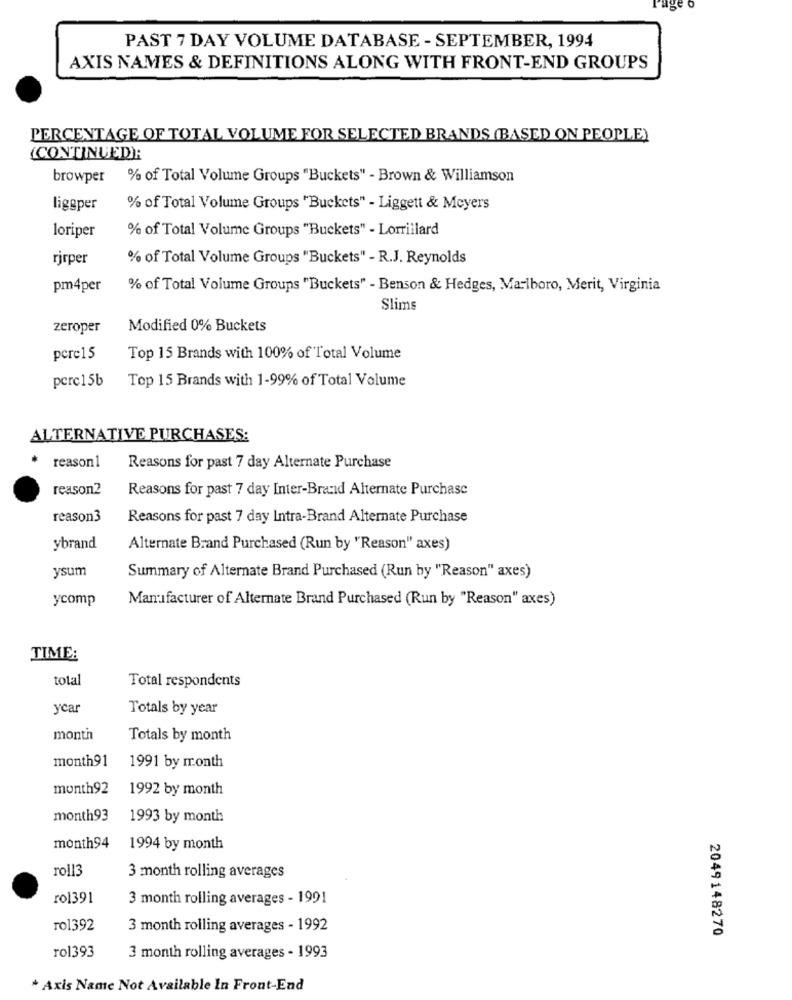
uge
PAST 7 DAY VOLUME DATABASE - SEPTEMBER, 1994
AXIS NAMES & DEFINITIONS ALONG WITH FRONT-END GROUPS
PERCENTAGE OF TOTAL VOLUME FOR SELECTED BRANDS (BASED ON PEOPLE)
(CONTINUED):
browper
% of Total Volume Groups "Buckets" - Brown & Williamson
liggper
% of Total Volume Groups "Buckets" - Liggett & Meyers
loriper
% of Total Volume Groups "Buckets" - Lorrillard
rjrper
% of Total Volume Groups "Buckets" - R.J. Reynolds
pm4per
% of Total Volume Groups "Buckets" - Benson & Hedges, Marlboro, Merit, Virginia
Slims
zeroper
Modified 0% Buckets
pere15
Top 15 Brands with 100% of Total Volume
perc15b
Top 15 Brands with 1-99% of Total Volume
ALTERNATIVE PURCHASES:
reason1
Reasons for past 7 day Alternate Purchase
reason2
Reasons for past 7 day Inter-Braid Alternate Purchase
reason3
Reasons for past 7 day Intra-Brand Alternate Purchase
ybrand
Alternate Brand Purchased (Run by "Reason" axes)
ysum
Summary of Alternate Brand Purchased (Run by "Reason" axes)
ycomp
Manufacturer of Alternate Brand Purchased (Run by "Reason" axes)
TIME:
total
Total respondents
ycar
Totals by year
month
Totals by month
month91
1991 by month
month92
1992 by month
month93
1993 by month
month94
1994 by month
roll3
3 month rolling averages
rol391
3 month rolling averages - 1991
rol392
3 month rolling averages - 1992
2049148270
rol393
3 month rolling averages - 1993
* Axis Name Not Available In Front-End